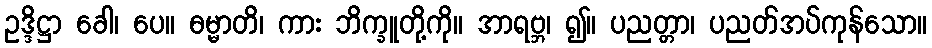
ဥဒ္ဒိဋ္ဌာ ခေါ၊ ပေ။ ဓမ္မာတိ၊ ကား ဘိက္ခူတို့ကို။ အာရဗ္ဘ၊ ၍။ ပညတ္တာ၊ ပညတ်အပ်ကုန်သော။